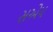
સએપ